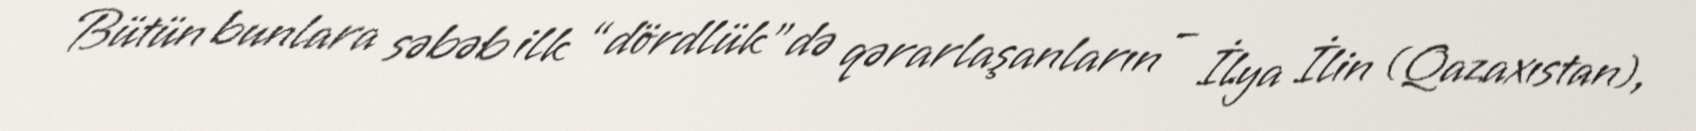
Bütün bunlara səbəb ilk “dördlük”də qərarlaşanların – İlya İlin (Qazaxıstan),